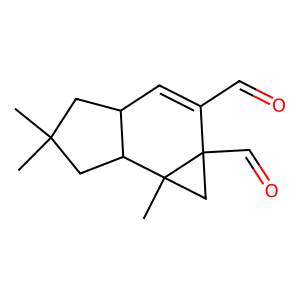
SMILES: CC1(C)CC2C=C(C=O)C3(C=O)CC3(C)C2C1
Inhibits HIV replication: No